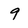
Character: 9